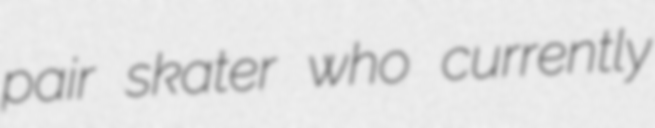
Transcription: pair skater who currently